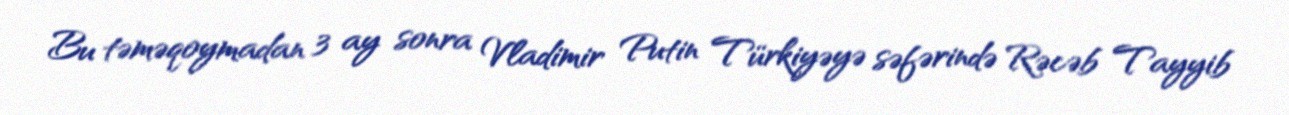
Bu təməqoymadan 3 ay sonra Vladimir Putin Türkiyəyə səfərində Rəcəb Tayyib